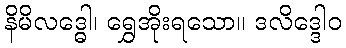
နိမိလဒ္ဓေါ၊ ရွှေအိုးရသော။ ဒလိဒ္ဒေါဝ